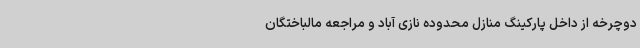
دوچرخه از داخل پارکینگ منازل محدوده نازی آباد و مراجعه مالباختگان